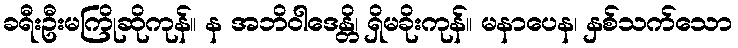
ခရီးဦးမကြိုဆိုကုန်။ န အဘိဝါဒေန္တိ၊ ရှိမခိုးကုန်။ မနာပေန၊ နှစ်သက်သော